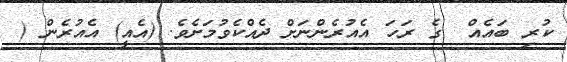
ކުރި ބައެއް  ގެ ރަހަ އެއުރެންނަށް ދެއްކެވުމަށެވެ. (އެއީ) އެއުރެން (